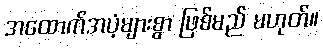
အထောက်အပံ့များစွာ ဖြစ်မည် မဟုတ်။